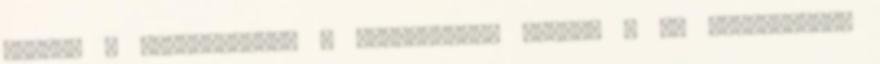
VISSZA A KEZDŐOLDALRA A kommentelés opció, a jó magaviselet